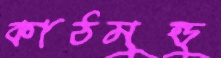
কাঠমুন্ডু